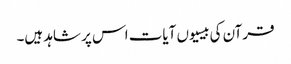
قرآن کی بیسیوں آیات اس پر شاہد ہیں۔